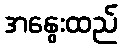
အနွေးထည်